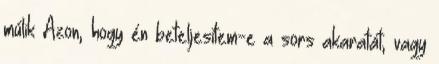
múlik Azon, hogy én beteljesítem-e a sors akaratát, vagy